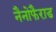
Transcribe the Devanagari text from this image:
नैनोफैराड